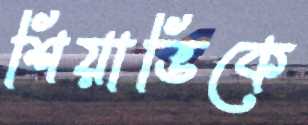
শিয়াভিকে